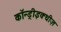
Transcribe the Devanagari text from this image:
कॉन्ड्रीइक्थीज़